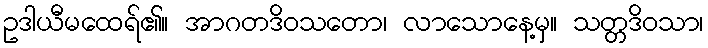
ဥဒါယီမထေရ်၏။ အာဂတဒိဝသတော၊ လာသောနေ့မှ။ သတ္တဒိဝသာ၊